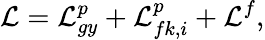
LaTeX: \mathcal{L}=\mathcal{L}_{gy}^{p}+\mathcal{L}_{fk,i}^{p}+\mathcal{L}^{f},